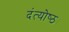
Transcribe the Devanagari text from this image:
दंत्योष्ठ्य